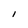
Character: l